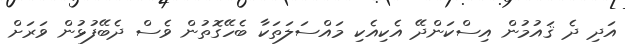
އަދި ދެ ޤައުމުން އިސްކަންދޭ އެކިއެކި މައްސަލަތަކާ ބެހޭގޮތުން ވެސް ދެބޭފުޅުން ވަރަށް